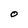
Character: O